Vaccine operations Central Provinces 1900-1911 - 1900-1911
Year: 1900
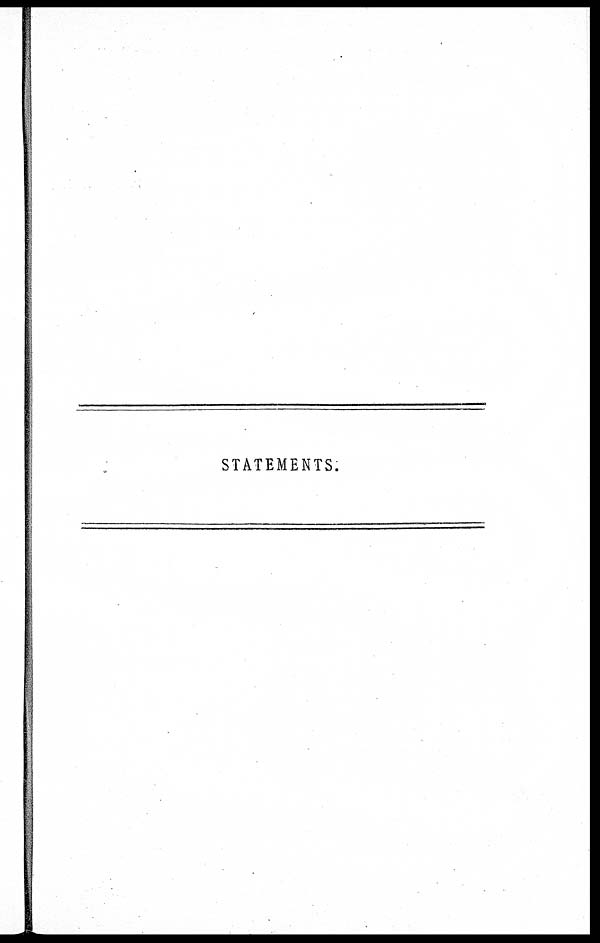
STATEMENTS.